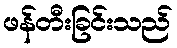
ဖန်တီးခြင်းသည်